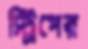
স্ট্রিপের